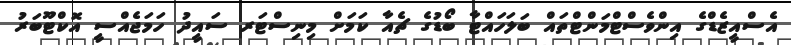
އެސްއީޒެޑްގެ އިންވެސްޓްމަންޓްތައް ބަލަހައްޓާ ބޯޑުގެ ޗެއާ ކަމަށް މިނިސްޓަރ ސައީދު ހަމަޖެއްސީ އޮކްޓޫބަރު